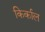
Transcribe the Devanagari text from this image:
किर्काल